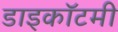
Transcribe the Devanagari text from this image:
डाइकॉटमी